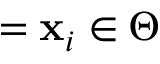
{ \mathbf \xi } = \mathbf { x } _ { i } \in \Theta